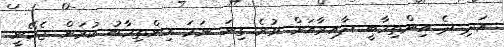
އަދި ދެ އިންތިހާބީ ދާއިރާއަށް ވުރެ ގިނަ ނަމަ އިންތިހާބު ކުރަން ޖެހޭނީ